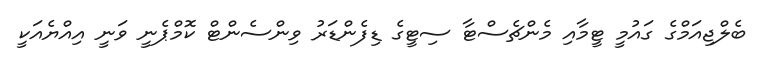
ބެލްޖިއަމްގެ ގައުމީ ޓީމާއި މެންޗެސްޓާ ސިޓީގެ ޑިފެންޑަރު ވިންސެންޓް ކޮމްޕެނީ ވަނީ އިއްޔެއަކީ